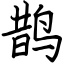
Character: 鹊